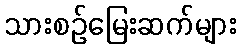
သားစဉ်မြေးဆက်များ